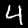
Digit: 4